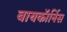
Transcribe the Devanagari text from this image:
बायकॉर्निस